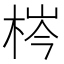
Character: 梣